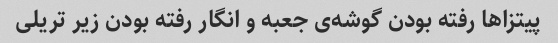
پیتزا‌ها رفته بودن گوشه‌ی جعبه و انگار رفته بودن زیر تریلی